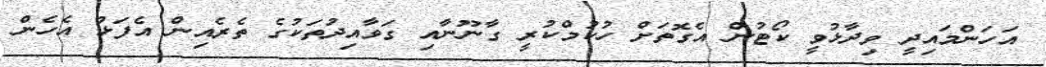
އަހަންމައިދީ ވިދާޅުވީ ކޯޓުން އެގޮތަށް ހުކުމްކުރީ ގާނޫނާއި ގަވާއިދުތަކުގެ ތެރެއިން އެފަޅު އެހެން